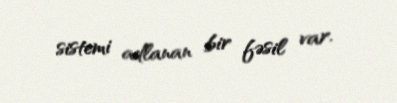
sistemi adlanan bir fəsil var.